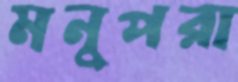
মনুপরা